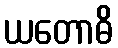
ယတောဓိ